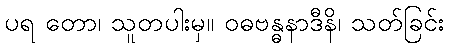
ပရ တော၊ သူတပါးမှ။ ဝဓဗန္ဓနာဒီနိ၊ သတ်ခြင်း